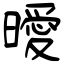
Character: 曖